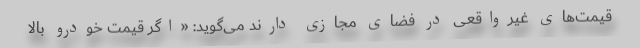
قیمت‌های غیرواقعی در فضای مجازی دارند می‌گوید:‌ «اگر قیمت خودرو بالا